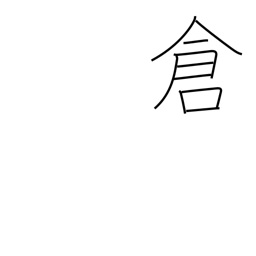
Meaning: treasury